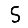
Digit: 5